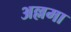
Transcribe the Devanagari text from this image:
अल्लमा